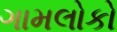
ગામલોકો